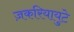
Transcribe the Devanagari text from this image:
ज़करियायुटे